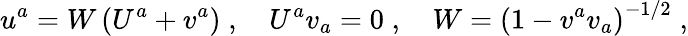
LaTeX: u^{a}=W\left(U^{a}+v^{a}\right)\; ,\quad U^{a}v_{a}=0\; ,\quad W=\left(1-v^{a}v_{a}\right)^{-1/2}\; ,